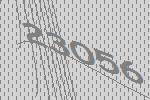
23056